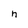
Character: n